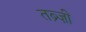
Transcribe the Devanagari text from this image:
तब्र्ज़ी